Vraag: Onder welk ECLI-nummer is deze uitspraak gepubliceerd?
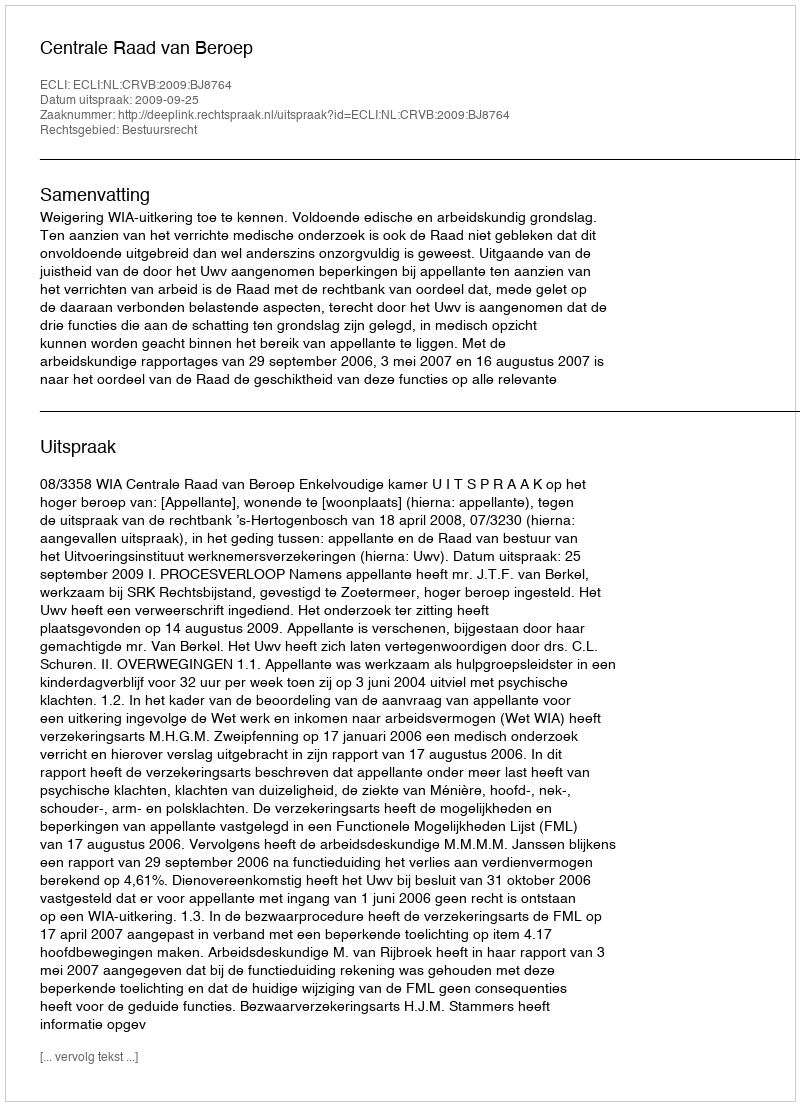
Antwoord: ECLI:NL:CRVB:2009:BJ8764